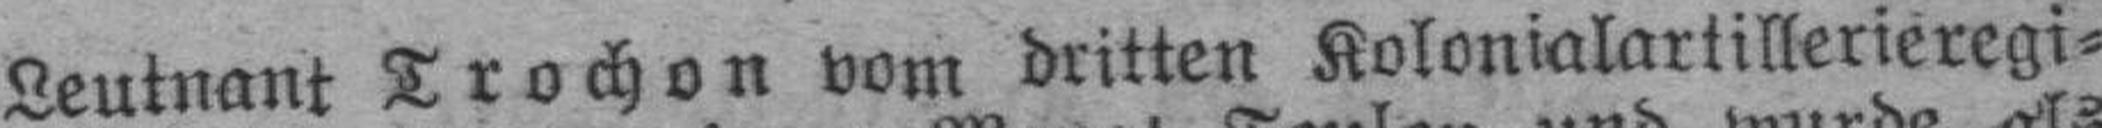
Leutnant Trochon vom dritten Kolonialartillerieregi¬